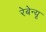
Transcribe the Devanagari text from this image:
रेबेन्यू